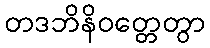
တဒဘိနိဝတ္တေတွာ